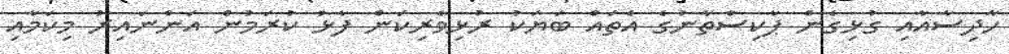
ހާދިސާއާއި ގުޅިގެން ޕާކިސްތާނުގެ އެތައް ބަޔަކު ރުޅިވެރިކަން ފާޅު ކުރަމުން އަންނައިރު މިކަމާއި